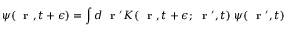
\psi ( \mathrm { ~ \bf ~ r ~ } , t + \epsilon ) = \int d \mathrm { ~ \bf ~ r ~ } ^ { \prime } K ( \mathrm { ~ \bf ~ r ~ } , t + \epsilon ; \mathrm { ~ \bf ~ r ~ } ^ { \prime } , t ) \; \psi ( \mathrm { ~ \bf ~ r ~ } ^ { \prime } , t )